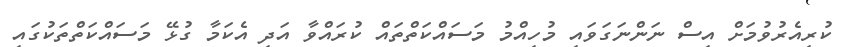
ކުރިއެރުވުމަށް އިސް ނަންނަގަވައި މުހިއްމު މަސައްކަތްތައް ކުރައްވާ އަދި އެކަމާ ގުޅޭ މަސައްކަތްތަކުގައި